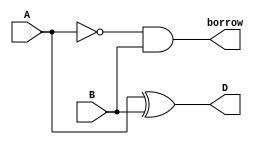
`timescale 1ns / 1ps


module hSub(
    input A,
    input B,
    output D,
    output borrow
    );
    
    assign D = A ^ B;
    assign borrow = (~A) & B;
endmodule